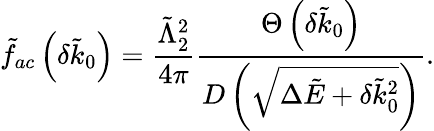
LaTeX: \tilde{f}_{ac}\left(\delta\tilde{k}_{0}\right)=\frac{\tilde{\Lambda}_{2}^{2}}{4\pi}\frac{\Theta\left(\delta\tilde{k}_{0}\right)}{D\left(\sqrt{\Delta\tilde{E}+\delta\tilde{k}_{0}^{2}}\right)}.